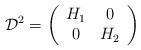
LaTeX: \begin{align*}\mathcal{D}^2=\left(\begin{array}{cc}H_1 & 0\\0 & H_2\end{array}\right)\end{align*}